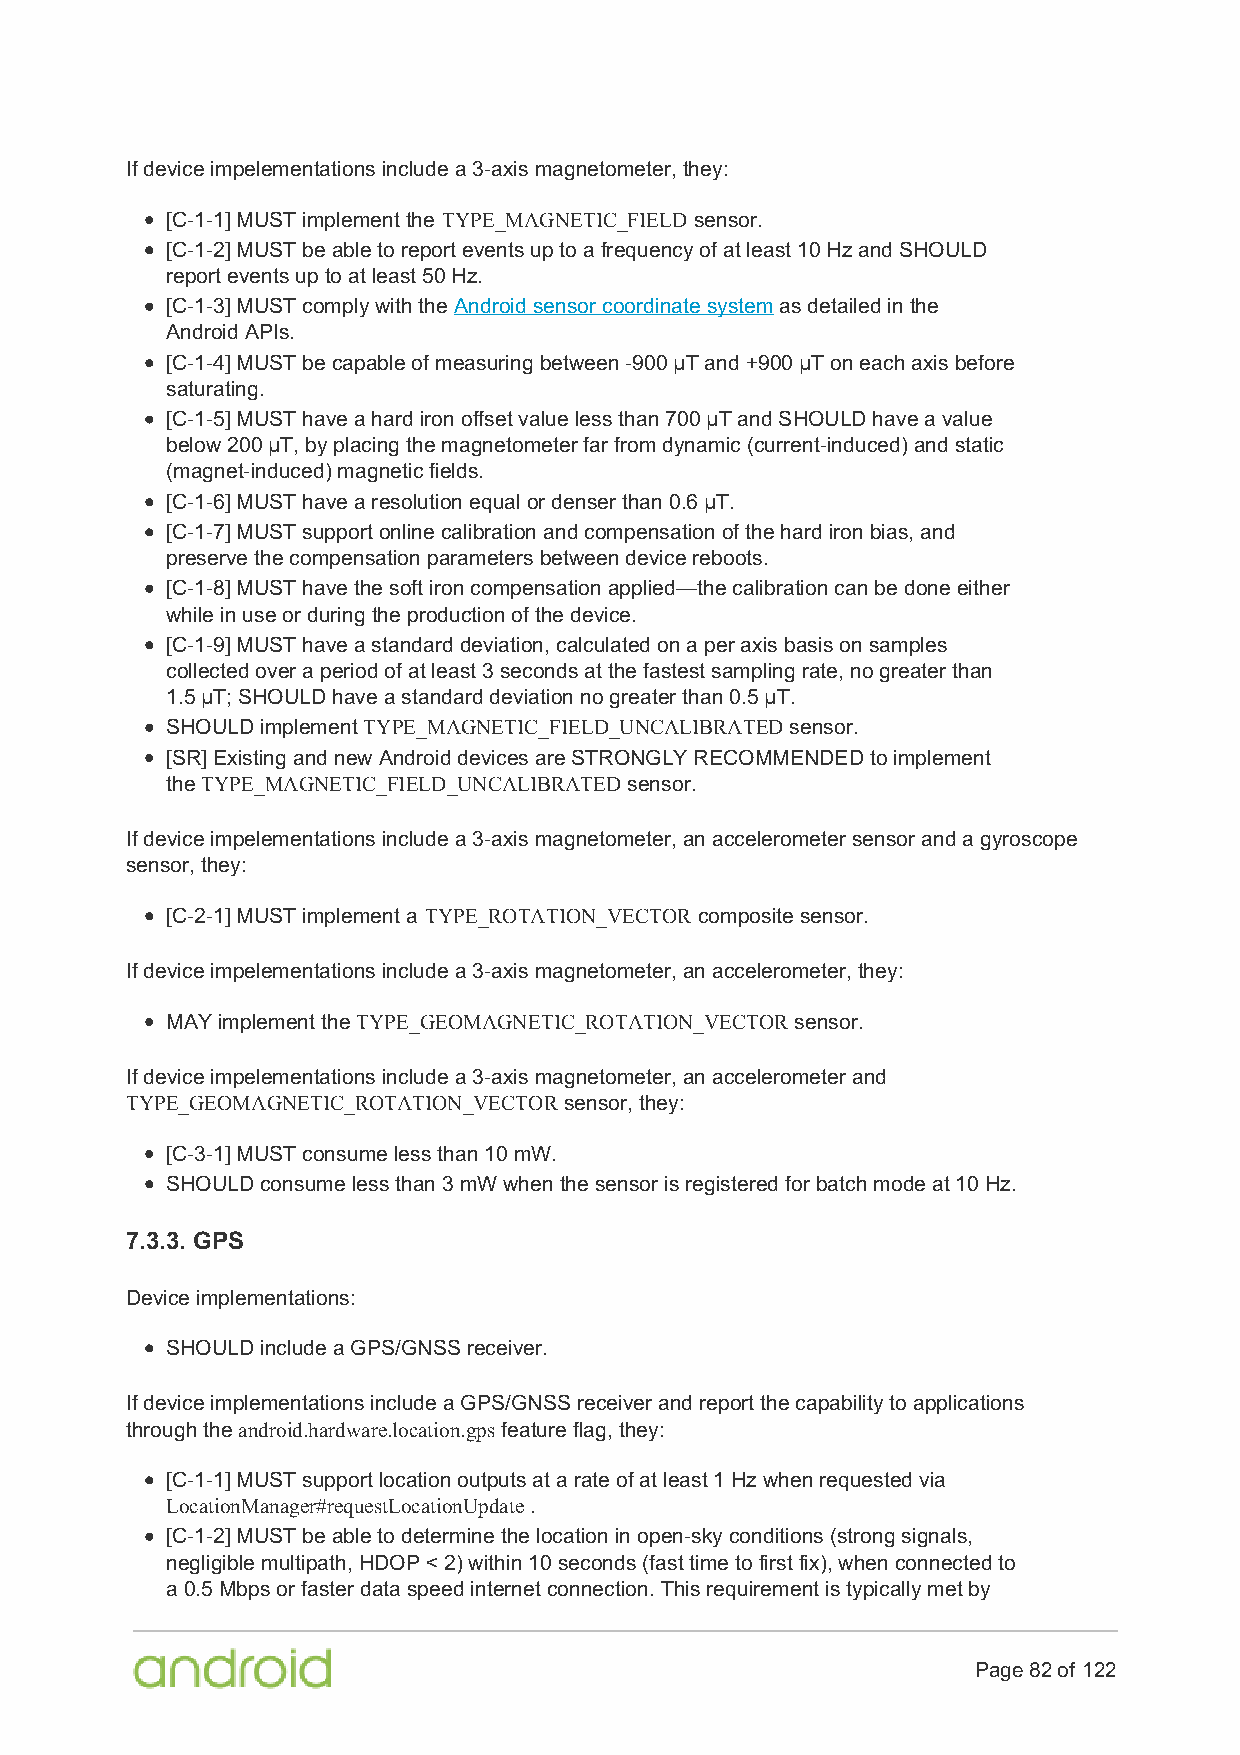
If device impelementations include a 3-axis magnetometer, they:
 [C-1-1] MUST implement the TYPE_MAGNETIC_FIELD sensor.
 [C-1-2] MUST be able to report events up to a frequency of at least 10 Hz and SHOULD
 report events up to at least 50 Hz.
 [C-1-3] MUST comply with the Android sensor coordinate system as detailed in the
 Android APIs.
 [C-1-4] MUST be capable of measuring between -900 µT and +900 µT on each axis before
 saturating.
 [C-1-5] MUST have a hard iron offset value less than 700 µT and SHOULD have a value
 below 200 µT, by placing the magnetometer far from dynamic (current-induced) and static
 (magnet-induced) magnetic fields.
 [C-1-6] MUST have a resolution equal or denser than 0.6 µT.
 [C-1-7] MUST support online calibration and compensation of the hard iron bias, and
 preserve the compensation parameters between device reboots.
 [C-1-8] MUST have the soft iron compensation applied—the calibration can be done either
 while in use or during the production of the device.
 [C-1-9] MUST have a standard deviation, calculated on a per axis basis on samples
 collected over a period of at least 3 seconds at the fastest sampling rate, no greater than
 1.5 µT; SHOULD have a standard deviation no greater than 0.5 µT.
 SHOULD implement TYPE_MAGNETIC_FIELD_UNCALIBRATED sensor.
 [SR] Existing and new Android devices are STRONGLY RECOMMENDED to implement
 the TYPE_MAGNETIC_FIELD_UNCALIBRATED sensor.
 If device impelementations include a 3-axis magnetometer, an accelerometer sensor and a gyroscope
 sensor, they:
 [C-2-1] MUST implement a TYPE_ROTATION_VECTOR composite sensor.
 If device impelementations include a 3-axis magnetometer, an accelerometer, they:
 MAY implement the TYPE_GEOMAGNETIC_ROTATION_VECTOR sensor.
 If device impelementations include a 3-axis magnetometer, an accelerometer and
 TYPE_GEOMAGNETIC_ROTATION_VECTOR sensor, they:
 [C-3-1] MUST consume less than 10 mW.
 SHOULD consume less than 3 mW when the sensor is registered for batch mode at 10 Hz.
 7.3.3. GPS
 Device implementations:
 SHOULD include a GPS/GNSS receiver.
 If device implementations include a GPS/GNSS receiver and report the capability to applications
 through the android.hardware.location.gps feature flag, they:
 [C-1-1] MUST support location outputs at a rate of at least 1 Hz when requested via
 LocationManager#requestLocationUpdate .
 [C-1-2] MUST be able to determine the location in open-sky conditions (strong signals,
 negligible multipath, HDOP < 2) within 10 seconds (fast time to first fix), when connected to
 a 0.5 Mbps or faster data speed internet connection. This requirement is typically met by
 Page 82 of 122